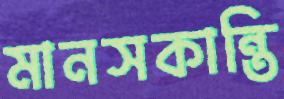
মানসকান্তি